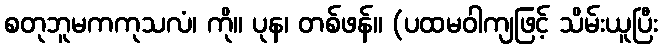
စတုဘူမကကုသလံ၊ ကို။ ပုန၊ တစ်ဖန်။ (ပထမဝါကျဖြင့် သိမ်းယူပြီး